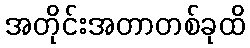
အတိုင်းအတာတစ်ခုထိ